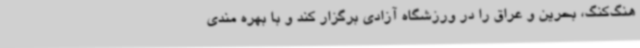
هنگ‌کنگ، بحرین و عراق را در ورزشگاه آزادی برگزار کند و با بهره مندی